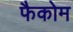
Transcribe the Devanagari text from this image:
फैकोम